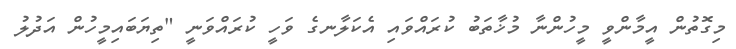
މިގޮތުން އީމާންވީ މީހުންނާ މުޚާތަބު ކުރައްވައި އެކަލާނގެ ވަހީ ކުރައްވަނީ "ތިޔަބައިމީހުން އަދުލު